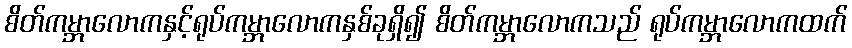
စိတ်ကမ္ဘာလောကနှင့်ရုပ်ကမ္ဘာလောကနှစ်ခုရှိ၍ စိတ်ကမ္ဘာလောကသည် ရုပ်ကမ္ဘာလောကထက်